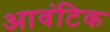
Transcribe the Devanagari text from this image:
आवंटिक